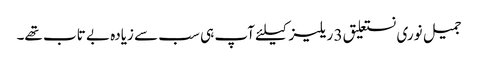
جمیل نوری نستعلیق 3 ریلیز کیلئے آپ ہی سب سے زیادہ بے تاب تھے۔